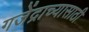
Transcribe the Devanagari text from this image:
गजेंद्राच्यासाठी